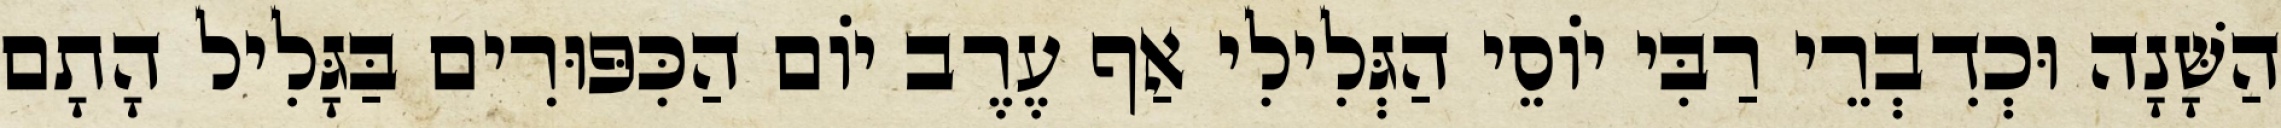
הַשָּׁנָה וּכְדִבְרֵי רַבִּי יוֹסֵי הַגְּלִילִי אַף עֶרֶב יוֹם הַכִּפּוּרִים בַּגָּלִיל הָתָם